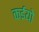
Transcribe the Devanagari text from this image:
कईयो